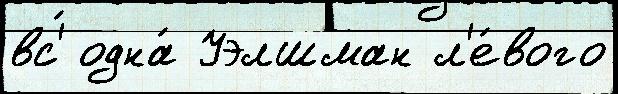
вс'́ одна́ Уэлшман л'е́вого